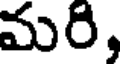
మరి,